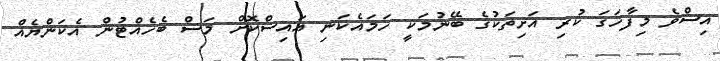
އިސްވެ މިފާހަގަ ކުރި އަށިތަކުގެ ބޭނުމަކީ ހަމައެކަނި އައިސްކޮށް މަސް ބެހެއްޓުން އެކަންޔެއް